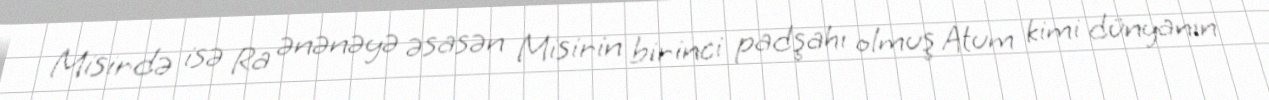
Misirdə isə Ra ənənəyə əsasən Misirin birinci padşahı olmuş Atum kimi dünyanın